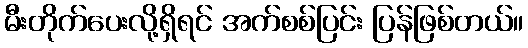
မီးတိုက်ပေးလို့ရှိရင် အက်စစ်ပြင်း ပြန်ဖြစ်တယ်။